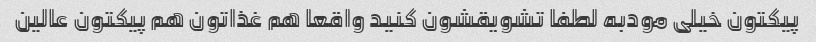
پیکتون خیلی مودبه لطفا تشویقشون کنید واقعا هم غذاتون هم پیکتون عالین